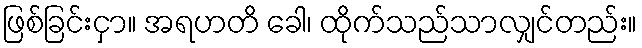
ဖြစ်ခြင်းငှာ။ အရဟတိ ခေါ၊ ထိုက်သည်သာလျှင်တည်း။